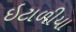
ઇટાળીયા